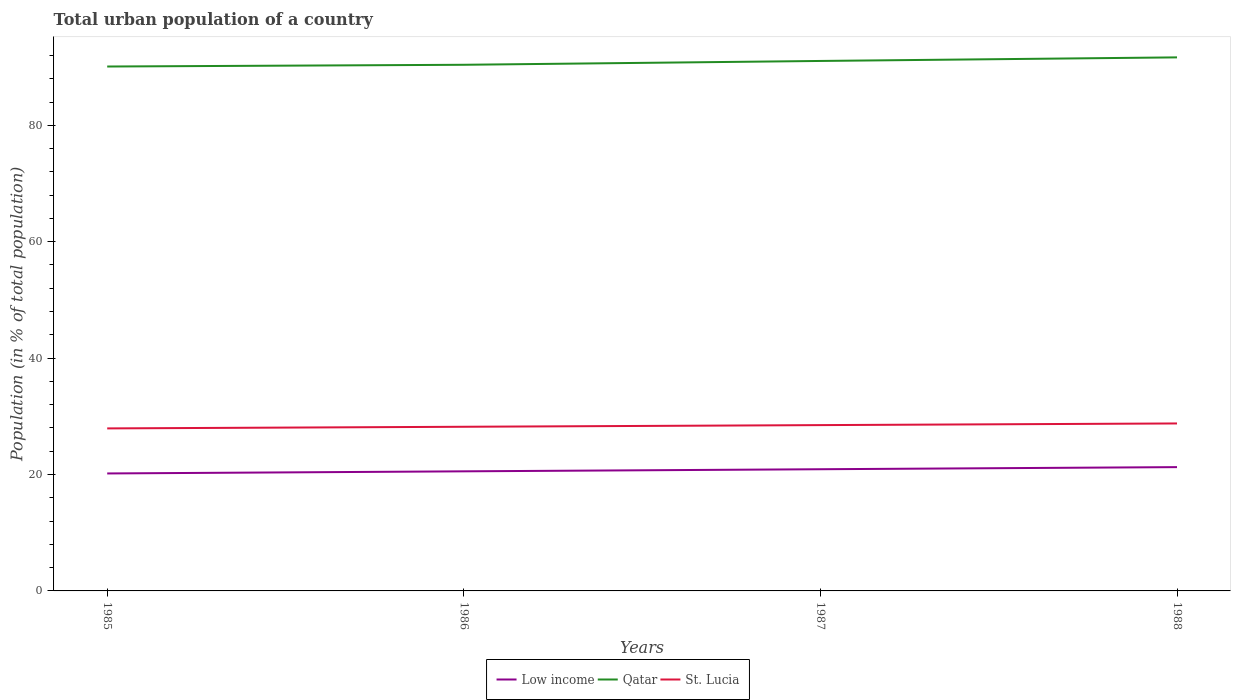
| Years | Low income | Qatar | St. Lucia |
 | --- | --- | --- | --- |
 | 1985 | 20.2 | 90.1 | 27.9 |
 | 1986 | 20.5 | 90.4 | 28.2 |
 | 1987 | 20.9 | 91.1 | 28.5 |
 | 1988 | 21.3 | 91.7 | 28.8 |